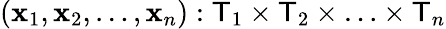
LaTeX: (\mathbf{x}_{1},\mathbf{x}_{2},\ldots,\mathbf{x}_{n}):{\mathsf{{T}}}_{1}\times{\mathsf{{T}}}_{2}\times\ldots\times{\mathsf{{T}}}_{n}